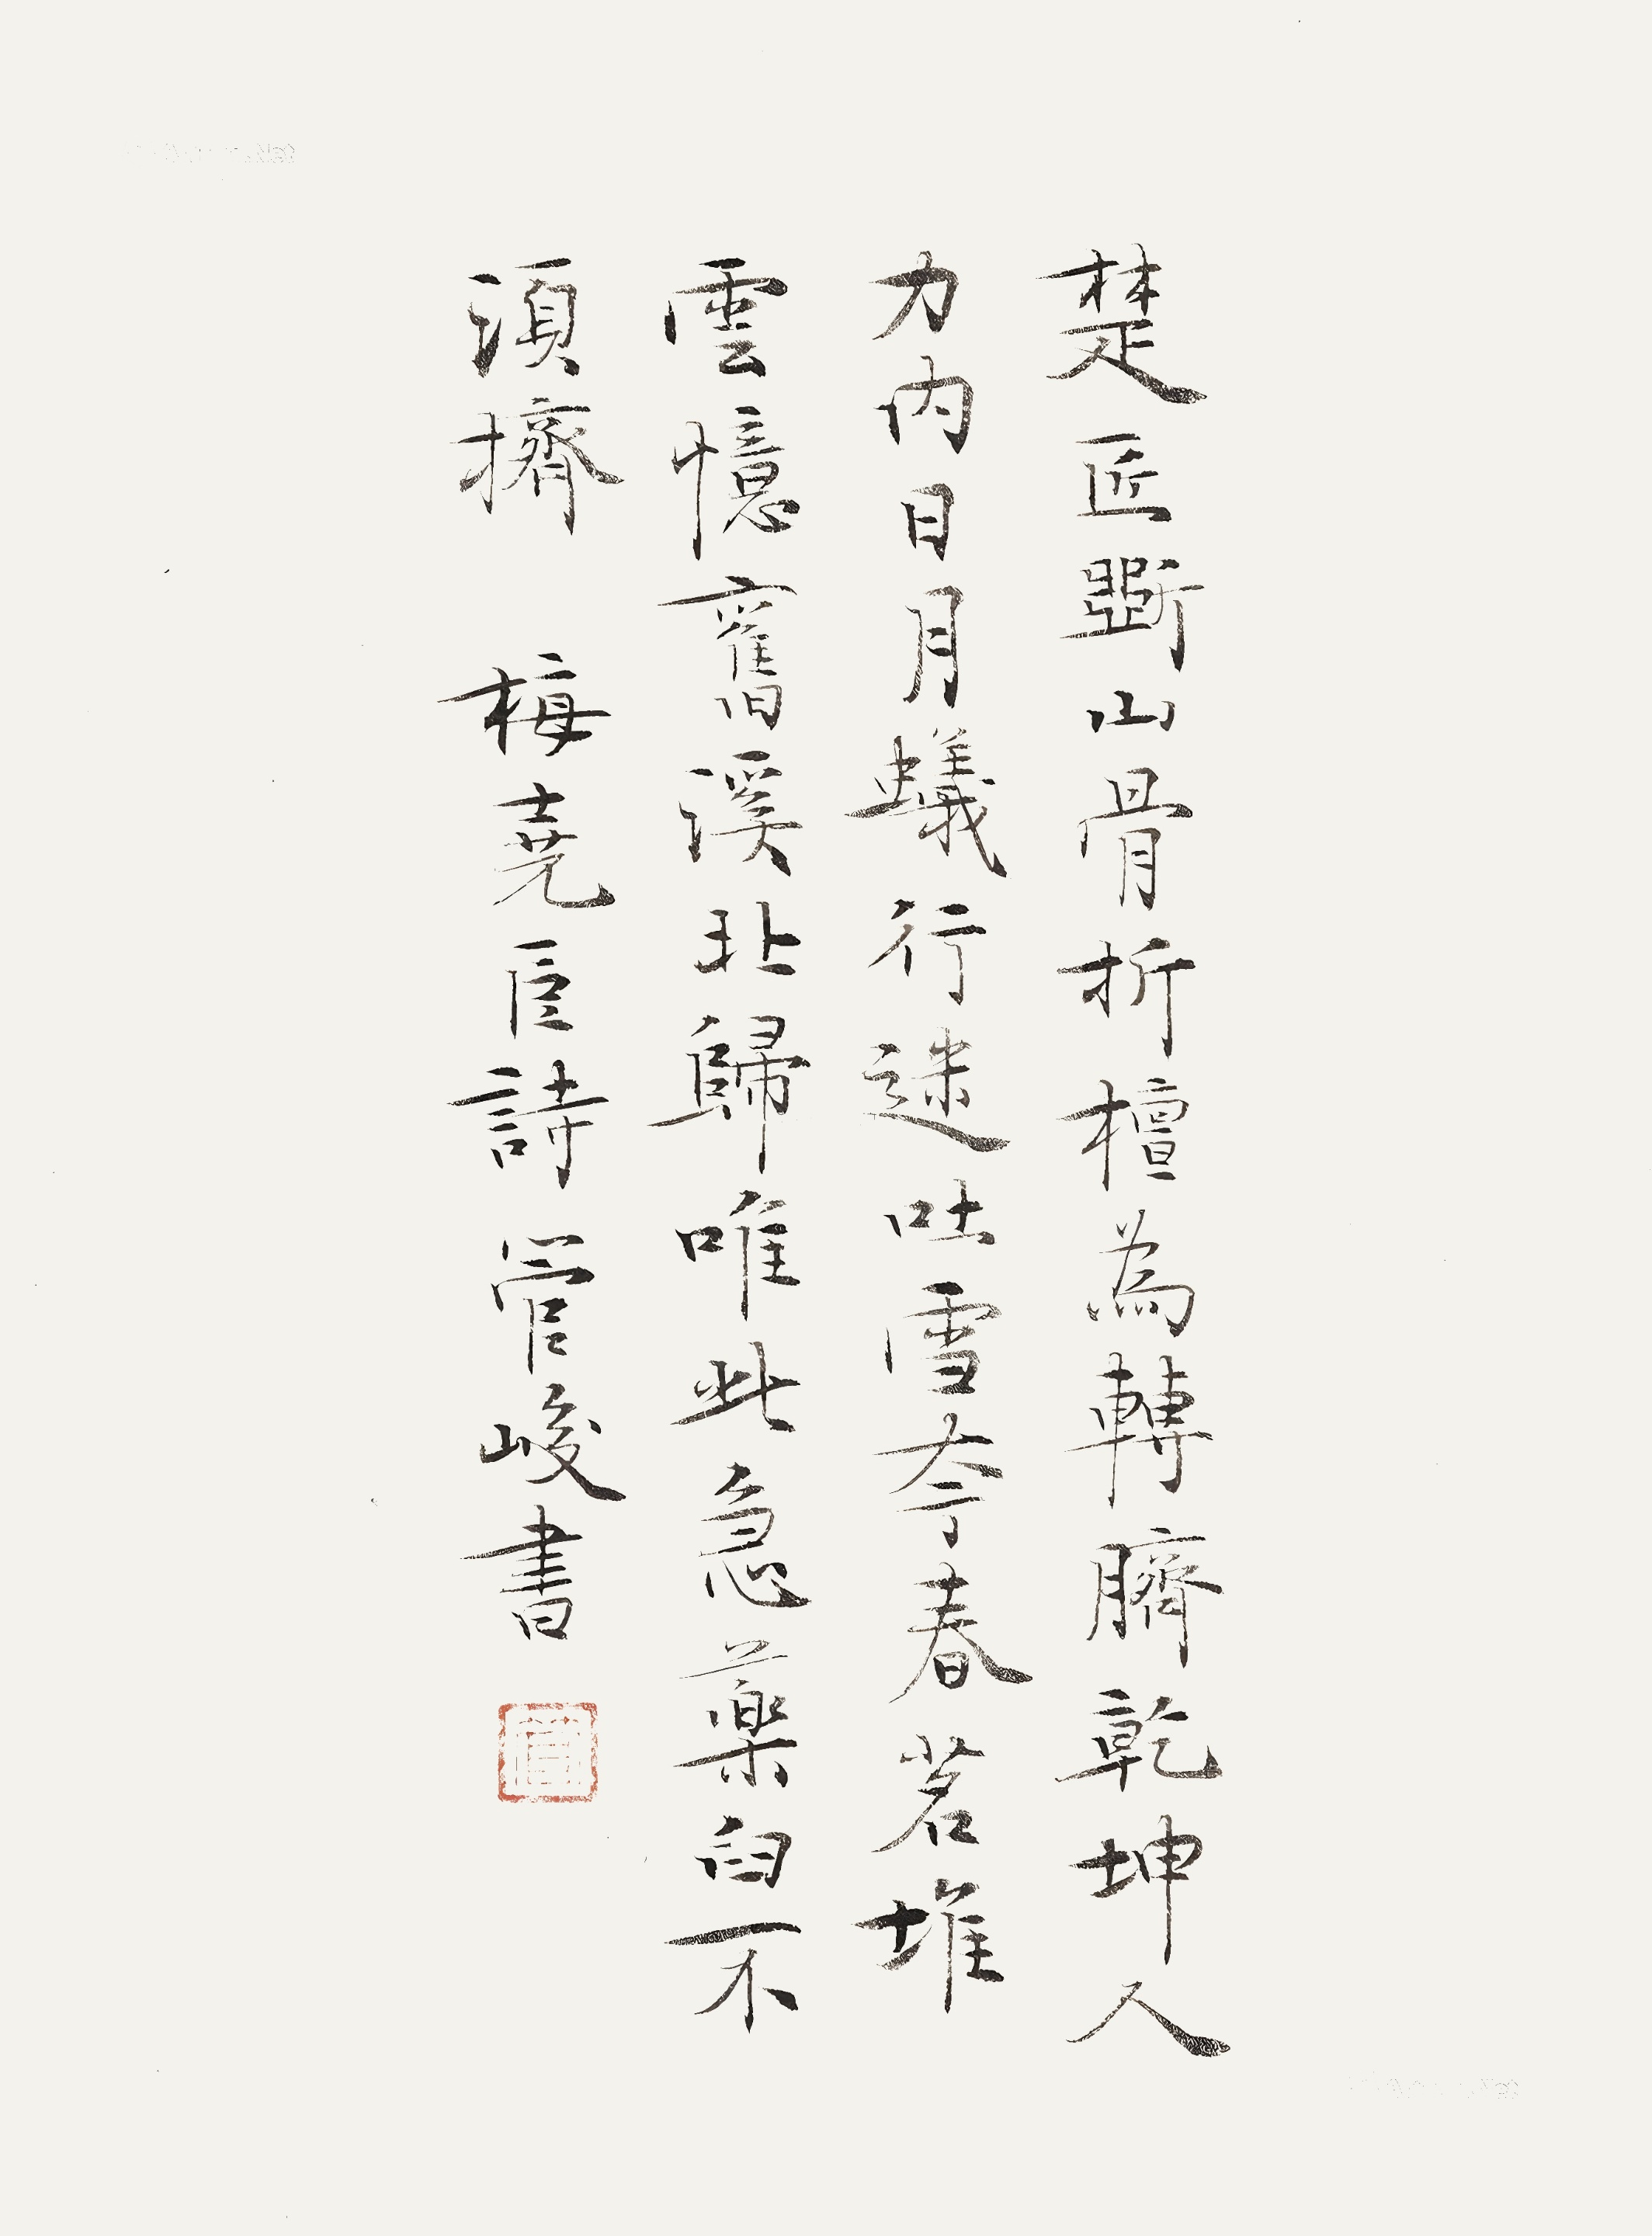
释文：楚匠斲山骨，折檀为转脐。干坤人力内，日月蚁行迷。吐雪夸春茗，堆云忆旧溪。北归唯此急，药臼不须挤。梅晓臣诗管峻书